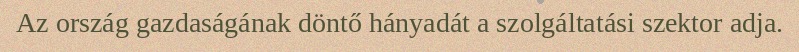
Az ország gazdaságának döntő hányadát a szolgáltatási szektor adja.